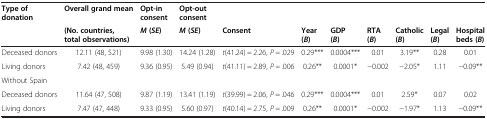
<table><thead><tr><td><b>Type of donation</b></td><td><b>Overall grand mean</b></td><td><b>Opt-in consent</b></td><td><b>Opt-out consent</b></td><td></td><td></td><td></td><td></td><td></td><td></td><td></td></tr><tr><td></td><td><b>(No. countries, total observations)</b></td><td><b><i>M</i>(<i>SE</i>)</b></td><td><b><i>M</i>(<i>SE</i>)</b></td><td><b>Consent</b></td><td><b>Year (<i>B</i>)</b></td><td><b>GDP (<i>B</i>)</b></td><td><b>RTA (<i>B</i>)</b></td><td><b>Catholic (<i>B</i>)</b></td><td><b>Legal (<i>B</i>)</b></td><td><b>Hospital beds (<i>B</i>)</b></td></tr></thead><tbody><tr><td>Deceased donors</td><td>12.11 (48, 521)</td><td>9.98 (1.30)</td><td>14.24 (1.28)</td><td><i>t</i>(41.24) = 2.26, <i>P =</i> .029</td><td>0.29***</td><td>0.0004***</td><td>0.01</td><td>3.19**</td><td>0.28</td><td>0.01</td></tr><tr><td>Living donors</td><td>7.42 (48, 459)</td><td>9.36 (0.95)</td><td>5.49 (0.94)</td><td><i>t</i>(41.11) = 2.89, <i>P =</i> .006</td><td>0.26**</td><td>0.0001*</td><td>−0.002</td><td>−2.05*</td><td>1.11</td><td>−0.09**</td></tr><tr><td>Without Spain</td><td></td><td></td><td></td><td></td><td></td><td></td><td></td><td></td><td></td><td></td></tr><tr><td>Deceased donors</td><td>11.64 (47, 508)</td><td>9.87 (1.19)</td><td>13.41 (1.19)</td><td><i>t</i>(39.99) = 2.06, <i>P</i> = .046</td><td>0.29***</td><td>0.0004***</td><td>0.01</td><td>2.59*</td><td>0.07</td><td>0.02</td></tr><tr><td>Living donors</td><td>7.47 (47, 448)</td><td>9.33 (0.95)</td><td>5.60 (0.97)</td><td><i>t</i>(40.14) = 2.75, <i>P =</i> .009</td><td>0.26**</td><td>0.0001*</td><td>−0.002</td><td>−1.97*</td><td>1.13</td><td>−0.09**</td></tr></tbody></table>